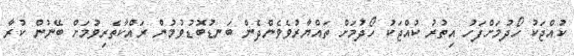
ކުއްޖަކު ހޯދުމަށްފަހު އިތުރު ކުއްޖަކު ހޯދުމަށް ތައްޔާރުވެވެންދެން ބަނޑުބޮޑުވުމުން ރައްކާތެރިވުމަށް ބޭނުން ކުރާ